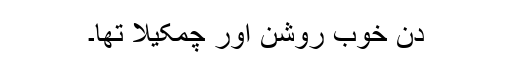
دن خوب روشن اور چمکیلا تھا۔